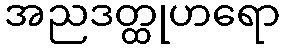
အညဒတ္ထုဟရော